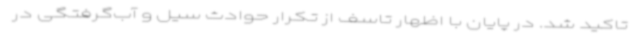
تاکید شد. در پایان با اظهار تاسف از تکرار حوادث سیل و آب‌گرفتگی در